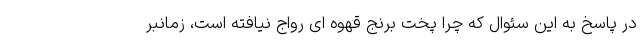
در پاسخ به این سئوال که چرا پخت برنج قهوه ای رواج نیافته است، زمانبر